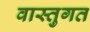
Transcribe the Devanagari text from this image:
वास्तुगत